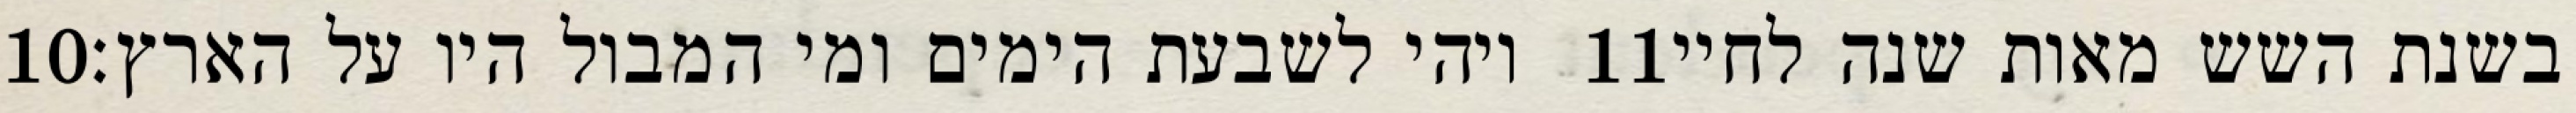
‎10‏ ויהי לשבעת הימים ומי המבול היו על הארץ׃ ‎11‏ בשנת השש מאות שנה לחיי